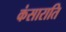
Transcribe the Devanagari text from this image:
कंसाराति